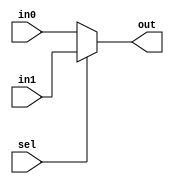
module mux_2to1_reg

(
    in0,	//input 0
	in1,	//input 1
	out,	//output
	sel	//select
);

    //--------------------------
	// Parameters
	//--------------------------	
	parameter DWIDTH = 5;
    //--------------------------
	// Input Ports
	//--------------------------
	// < Enter Input Ports  >
    input 		[DWIDTH-1:0]		in0;
	input 		[DWIDTH-1:0]		in1;
	input 									sel;
	
    //--------------------------
    // Output Ports
    //--------------------------
    // < Enter Output Ports  >	
    output 	[DWIDTH-1:0] 		out; 
		
    //--------------------------
    // Bidirectional Ports
    //--------------------------
    // < Enter Bidirectional Ports in Alphabetical Order >
    // None
      
    ///////////////////////////////////////////////////////////////////
    // Begin Design
    ///////////////////////////////////////////////////////////////////
    //-------------------------------------------------
    // Signal Declarations: local params
    //-------------------------------------------------
   
    //-------------------------------------------------
    // Signal Declarations: reg
    //-------------------------------------------------    
    
    //-------------------------------------------------
    // Signal Declarations: wire
    //-------------------------------------------------
		
	//---------------------------------------------------------------
	// Instantiations
	//---------------------------------------------------------------
	// None

	//---------------------------------------------------------------
	// Combinatorial Logic
	//---------------------------------------------------------------
	assign out = (sel == 0) ? in0 : in1;
	
	//---------------------------------------------------------------
	// Sequential Logic
	//---------------------------------------------------------------
    
 endmodule